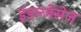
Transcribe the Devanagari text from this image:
इंडल्जेंसेज